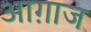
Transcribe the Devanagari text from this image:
आग़ाज